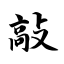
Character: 敲